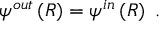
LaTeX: \psi ^ { o u t } \left( R \right) = \psi ^ { i n } \left( R \right) \; .